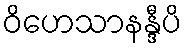
ဝိဟေသာနန္ဒီပိ